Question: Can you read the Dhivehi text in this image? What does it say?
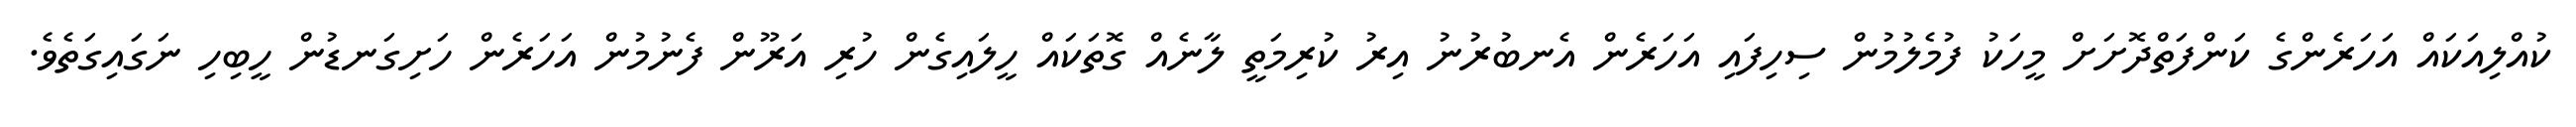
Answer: ކުއްލިއަކައް އަހަރެންގެ ކަންފަތްދޮށަށް މީހަކު ފުމެލުމުން ސިހިފައި އަހަރެން އެނބުރުނު އިރު ކުރިމަތީ ލާނެއް ގޮތަކައް ހީލައިގެން ހުރި އަރޫން ފެނުމުން އަހަރެން ހަށިގަނޑުން ހީބިހި ނަގައިގަތެވެ.